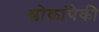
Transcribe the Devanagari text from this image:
श्लोकांपैकी